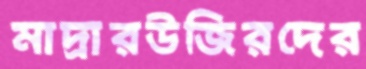
মাদ্রারউজিরদের